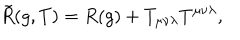
\tilde { R } ( g , T ) = R ( g ) + T _ { \mu \nu \lambda } T ^ { \mu \nu \lambda } ,